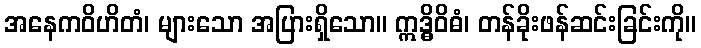
အနေကဝိဟိတံ၊ များသော အပြားရှိသော။ ဣဒ္ဓိဝိဓံ၊ တန်ခိုးဖန်ဆင်းခြင်းကို။